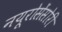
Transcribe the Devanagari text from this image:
नयूरोसेंसोरी